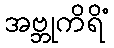
အဗ္ဘုကိရိံ